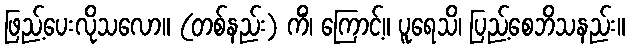
ဖြည့်ပေးလိုသလော။ (တစ်နည်း) ကိံ၊ ကြောင့်။ ပူရေသိ၊ ပြည့်စေဘိသနည်း။